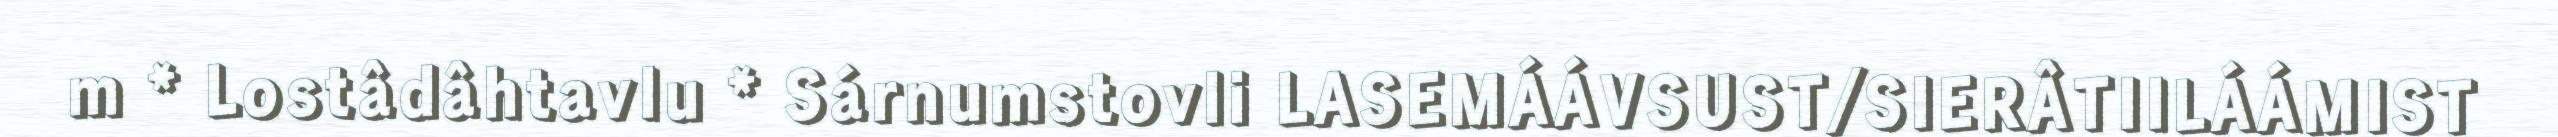
m * Lostâdâhtavlu * Sárnumstovli LASEMÁÁVSUST/SIERÂTIILÁÁMIST